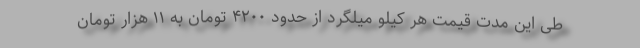
طی این مدت قیمت هر کیلو میلگرد از حدود ۴۲۰۰ تومان به ۱۱ هزار تومان